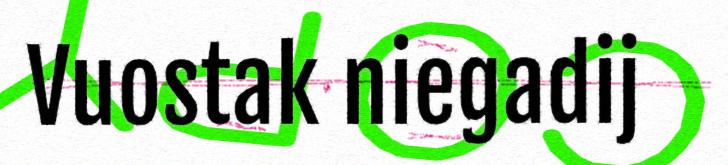
Vuostak niegadij